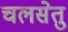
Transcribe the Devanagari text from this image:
चलसेतु